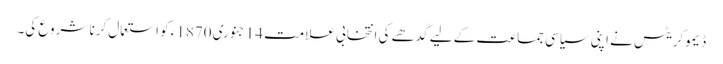
ڈیموکریٹس نے اپنی سیاسی جماعت کے لیے گدھے کی انتخابی علامت 14 جنوری 1870ء کو استعمال کرنا شروع کی۔